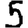
Digit: 5